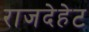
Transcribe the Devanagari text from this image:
राजदेहेट